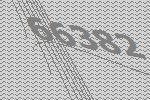
66382